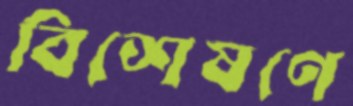
বিশেষণে